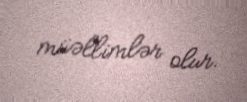
müəllimlər olur.